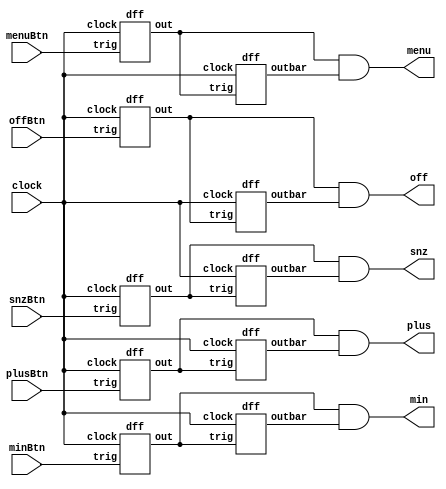
`timescale 1ns / 1ps

//  button_debounce module
//  -> debounce all 5 push buttons with D flip-flops

module button_debounce(
    input clock,
    input menuBtn, snzBtn, minBtn, plusBtn, offBtn,
    output menu, snz, min, plus, off
    );
    
    wire menuS1, snzS1, minS1, plusS1, offS1;
    wire menuS2, snzS2, minS2, plusS2, offS2;
    
    //D flip-flip stage 1
    dff inst1(.clock(clock), .trig(menuBtn), .out(menuS1));
    dff inst2(.clock(clock), .trig(snzBtn), .out(snzS1));
    dff inst3(.clock(clock), .trig(minBtn), .out(minS1));
    dff inst4(.clock(clock), .trig(plusBtn), .out(plusS1));
    dff inst5(.clock(clock), .trig(offBtn), .out(offS1));
    
    //D flip-flop stage 2
    dff inst6(.clock(clock), .trig(menuS1), .outbar(menuS2));
    dff inst7(.clock(clock), .trig(snzS1), .outbar(snzS2));
    dff inst8(.clock(clock), .trig(minS1), .outbar(minS2));
    dff inst9(.clock(clock), .trig(plusS1), .outbar(plusS2));
    dff inst10(.clock(clock), .trig(offS1), .outbar(offS2));
    
    //output stage
    assign menu = menuS1 & menuS2;
    assign snz = snzS1 & snzS2;
    assign min = minS1 & minS2;
    assign plus = plusS1 & plusS2;
    assign off = offS1 & offS2;
    
endmodule

//  dff module
//  ->generic D flip-flop

module dff(
    input clock, trig,
    output reg out, outbar
);
    always@(posedge clock)
    begin
        out <= trig;
        outbar <= ~trig;
    end
endmodule